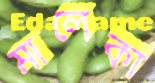
মালেকা